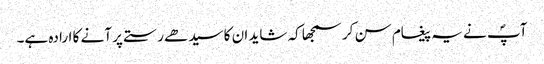
آپؐ نے یہ پیغام سن کر سمجھا کہ شاید ان کا سیدھے رستے پر آنے کا ارادہ ہے۔